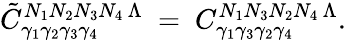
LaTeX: \tilde{C}_{\gamma_{1}\gamma_{2}\gamma_{3}\gamma_{4}}^{N_{1}N_{2}N_{3}N_{4}\, \Lambda}\ =\ C_{\gamma_{1}\gamma_{3}\gamma_{2}\gamma_{4}}^{N_{1}N_{3}N_{2}N_{4}\, \Lambda}.